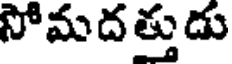
సోమదత్తుడు